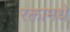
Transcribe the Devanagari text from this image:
रक्तामधे